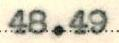
48.49